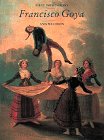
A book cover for First Impressions: Francisco Goya; Ann Waldron; Teen & Young Adult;